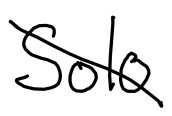
Text: Solo
Cross-out: diagonal
Writing tool: digital_black